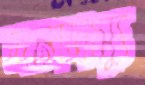
দলদস্যু